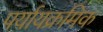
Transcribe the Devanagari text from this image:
पर्यायक्रमिक